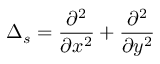
\Delta _ { s } = \frac { \partial ^ { 2 } } { \partial x ^ { 2 } } + \frac { \partial ^ { 2 } } { \partial y ^ { 2 } }